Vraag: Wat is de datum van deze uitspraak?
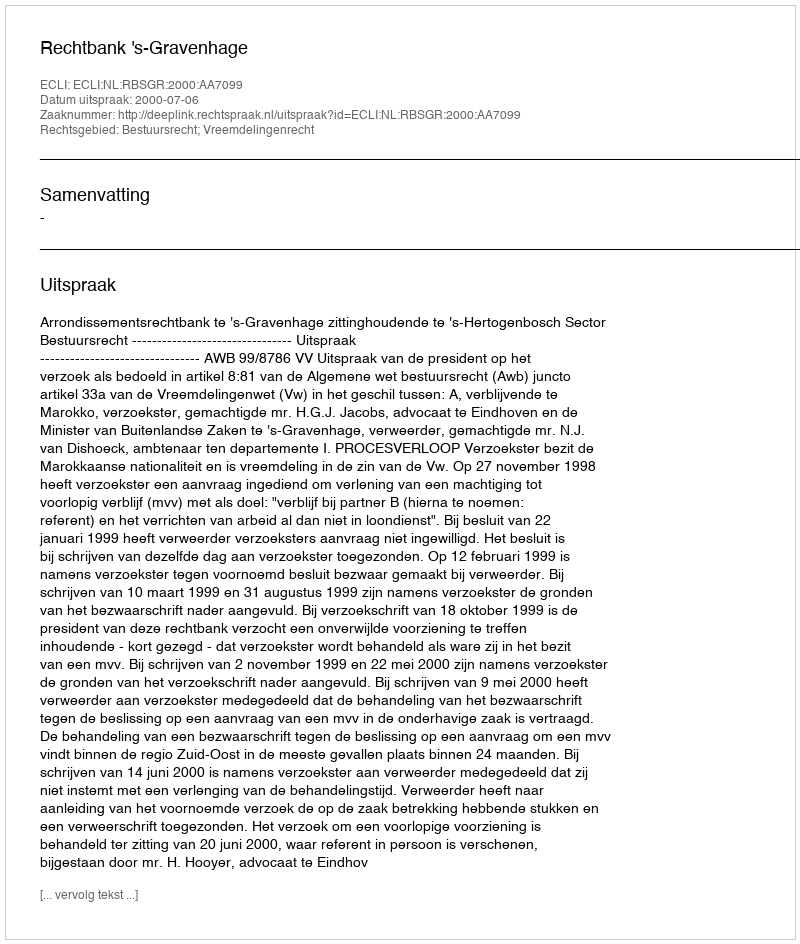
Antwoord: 2000-07-06